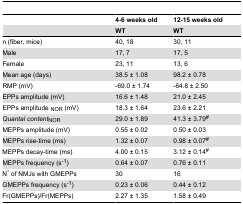
<table><thead><tr><td></td><td><b>4-6 weeks old</b></td><td><b>12-15 weeks old</b></td></tr><tr><td></td><td><b>WT</b></td><td><b>WT</b></td></tr></thead><tbody><tr><td>n (fiber, mice)</td><td>40, 18</td><td>30, 11</td></tr><tr><td>Male</td><td>17, 7</td><td>17, 5</td></tr><tr><td>Female</td><td>23, 11</td><td>13, 6</td></tr><tr><td>Mean age (days)</td><td>38.5 ± 1.08</td><td>98.2 ± 0.78</td></tr><tr><td>RMP (mV)</td><td>-69.0 ± 1.74</td><td>-64.8 ± 2.50</td></tr><tr><td>EPPs amplitude (mV)</td><td>16.6 ± 1.48</td><td>21.0 ± 2.45</td></tr><tr><td>EPPs amplitude <sub>NOR</sub> (mV)</td><td>18.3 ± 1.64</td><td>23.6 ± 2.21</td></tr><tr><td><i>Quantal content</i><sub>NOR</sub></td><td>29.0 ± 1.89</td><td>41.3 ± 3.79<sup>#</sup></td></tr><tr><td>MEPPs amplitude (mV)</td><td>0.55 ± 0.02</td><td>0.50 ± 0.03</td></tr><tr><td>MEPPs rise-time (ms)</td><td>1.32 ± 0.07</td><td>0.98 ± 0.07<sup>#</sup></td></tr><tr><td>MEPPs decay-time (ms)</td><td>4.00 ± 0.15</td><td>3.12 ± 0.14<sup>#</sup></td></tr><tr><td>MEPPs frequency (s<sup>-1</sup>)</td><td>0.64 ± 0.07</td><td>0.76 ± 0.11</td></tr><tr><td>N<sup>°</sup> of NMJs with GMEPPs</td><td>30</td><td>16</td></tr><tr><td>GMEPPs frequency (s<sup>-1</sup>)</td><td>0.23 ± 0.06</td><td>0.44 ± 0.12</td></tr><tr><td>Fr(GMEPPs)/Fr(MEPPs)</td><td>2.27 ± 1.35</td><td>1.58 ± 0.49</td></tr></tbody></table>